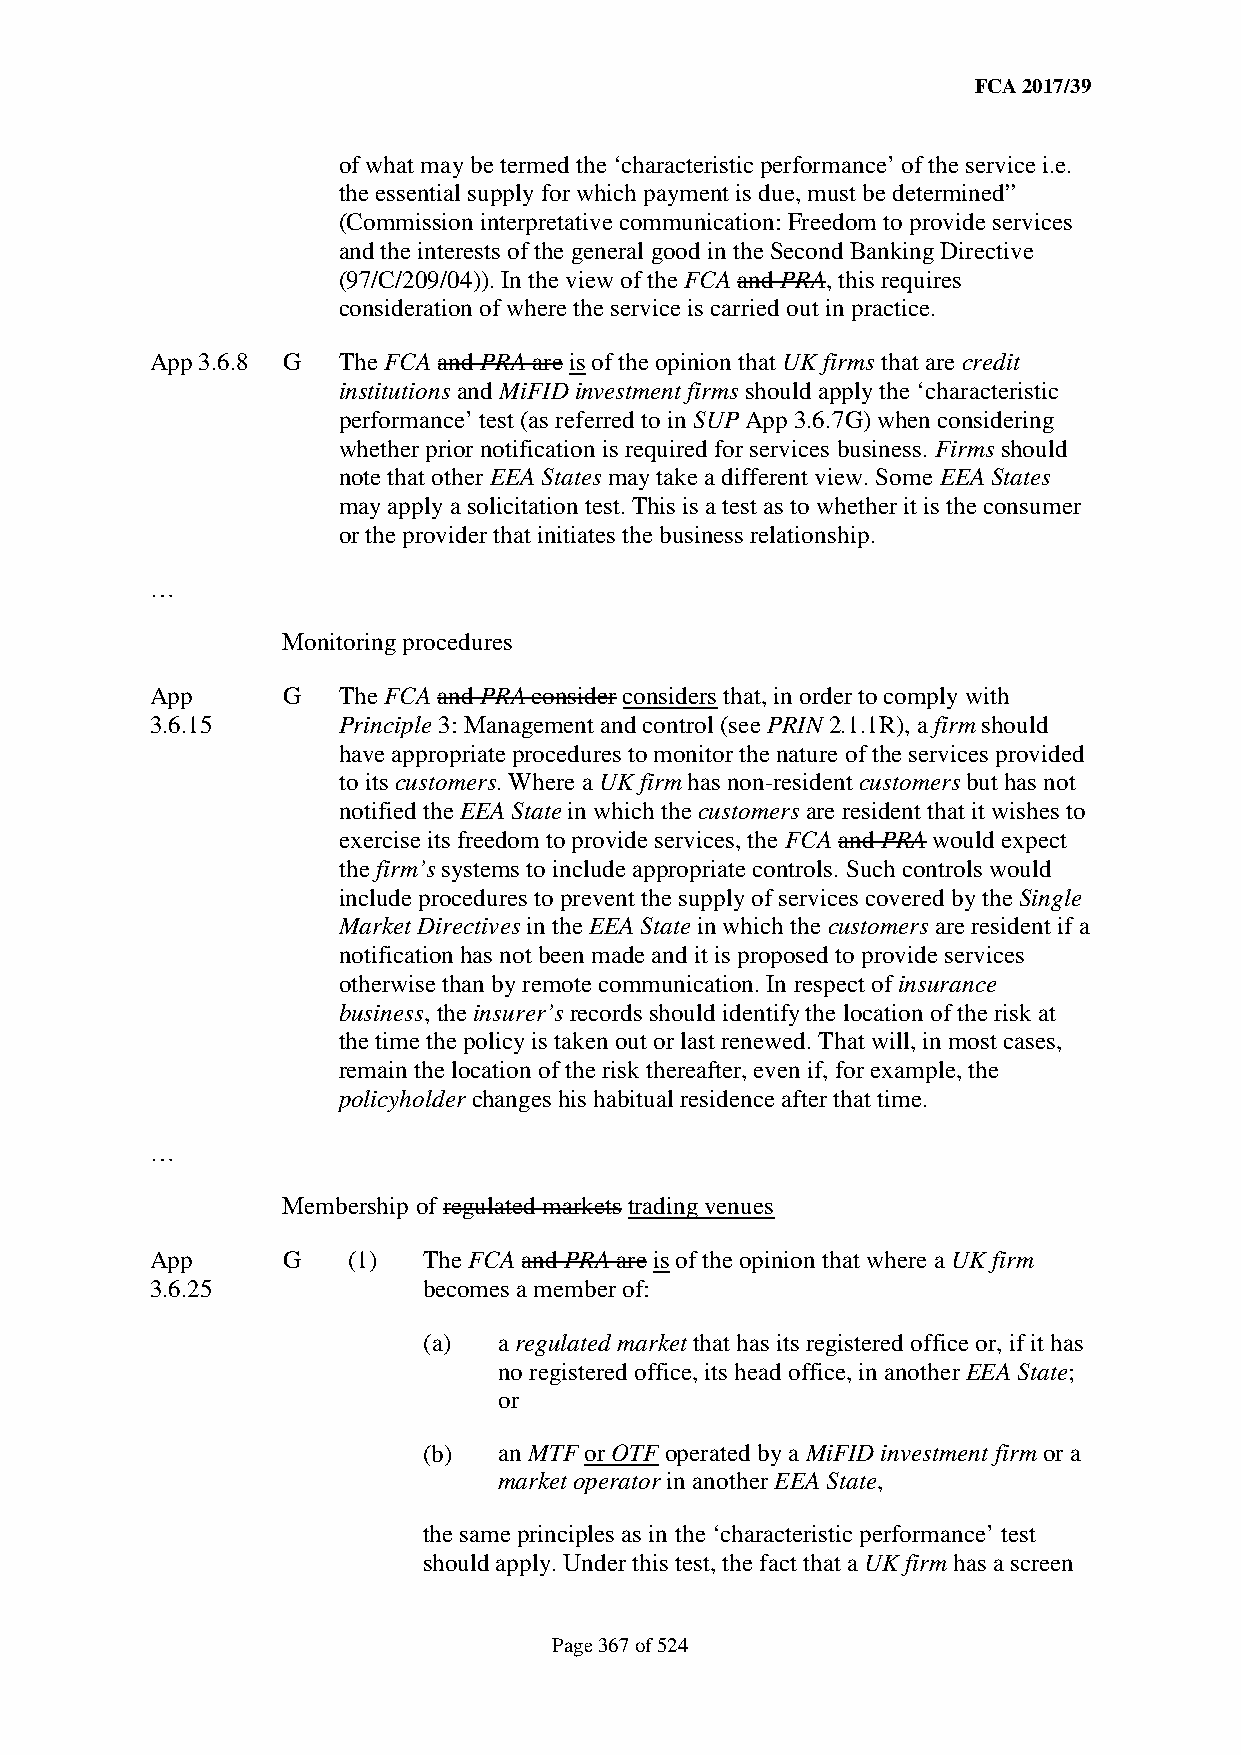
FCA 2017/39
 of what may be termed the ‘characteristic performance’ of the service i.e.
 the essential supply for which payment is due, must be determined”
 (Commission interpretative communication: Freedom to provide services
 and the interests of the general good in the Second Banking Directive
 (97/C/209/04)). In the view of the FCA and PRA, this requires
 consideration of where the service is carried out in practice.
 App 3.6.8 G The FCA and PRA are is of the opinion that UK firms that are credit
 institutions and MiFID investment firms should apply the ‘characteristic
 performance’ test (as referred to in SUP App 3.6.7G) when considering
 whether prior notification is required for services business. Firms should
 note that other EEA States may take a different view. Some EEA States
 may apply a solicitation test. This is a test as to whether it is the consumer
 or the provider that initiates the business relationship.
 …
 Monitoring procedures
 App      G  The FCA and PRA consider considers that, in order to comply with
 3.6.15      Principle 3: Management and control (see PRIN 2.1.1R), a firm should
 have appropriate procedures to monitor the nature of the services provided
 to its customers. Where a UK firm has non-resident customers but has not
 notified the EEA State in which the customers are resident that it wishes to
 exercise its freedom to provide services, the FCA and PRA would expect
 the firm’s systems to include appropriate controls. Such controls would
 include procedures to prevent the supply of services covered by the Single
 Market Directives in the EEA State in which the customers are resident if a
 notification has not been made and it is proposed to provide services
 otherwise than by remote communication. In respect of insurance
 business, the insurer’s records should identify the location of the risk at
 the time the policy is taken out or last renewed. That will, in most cases,
 remain the location of the risk thereafter, even if, for example, the
 policyholder changes his habitual residence after that time.
 …
 Membership of regulated markets trading venues
 App      G   (1)  The FCA and PRA are is of the opinion that where a UK firm
 3.6.25            becomes a member of:
 (a)  a regulated market that has its registered office or, if it has
 no registered office, its head office, in another EEA State;
 or
 (b)  an MTF or OTF operated by a MiFID investment firm or a
 market operator in another EEA State,
 the same principles as in the ‘characteristic performance’ test
 should apply. Under this test, the fact that a UK firm has a screen
 Page 367 of 524